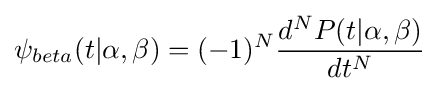
\psi _{beta}(t|\alpha ,\beta )=(-1)^{N}{\frac {d^{N}P(t|\alpha ,\beta )}{dt^{N}}}